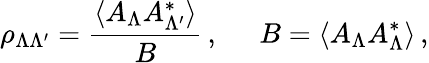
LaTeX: \rho_{\Lambda\Lambda^{\prime}}={\frac{\langle A_{\Lambda}A_{\Lambda^{\prime}}^{*}\rangle}{B}}\, ,\; \; \; \; \; B=\langle A_{\Lambda}A_{\Lambda}^{*}\rangle\, ,